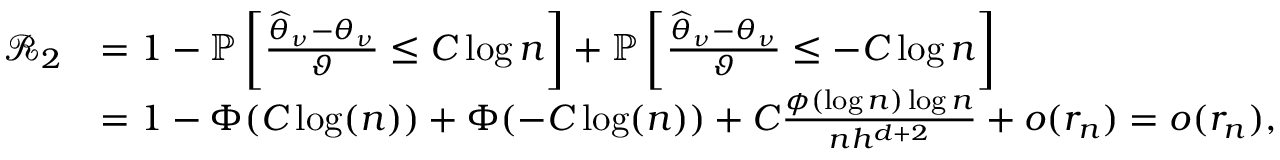
\begin{array} { r l } { \mathcal { R } _ { 2 } } & { = 1 - \mathbb { P } \left[ \frac { \widehat { \theta } _ { \nu } - \theta _ { \nu } } { \vartheta } \leq C \log n \right] + \mathbb { P } \left[ \frac { \widehat { \theta } _ { \nu } - \theta _ { \nu } } { \vartheta } \leq - C \log n \right] } \\ & { = 1 - \Phi ( C \log ( n ) ) + \Phi ( - C \log ( n ) ) + C \frac { \phi ( \log n ) \log n } { n h ^ { d + 2 } } + o ( r _ { n } ) = o ( r _ { n } ) , } \end{array}